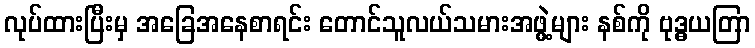
လုပ်ထားပြီးမှ အခြေအနေစာရင်း တောင်သူလယ်သမားအဖွဲ့များ နစ်ကို ဗုဒ္ဓယတြာ